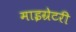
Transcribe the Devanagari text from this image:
माइग्रेटरी